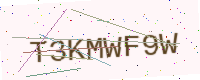
Text: T3KMWF9W